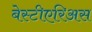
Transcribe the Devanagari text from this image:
बेस्टीएरिअस